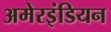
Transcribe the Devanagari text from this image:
अमेरइंडियन